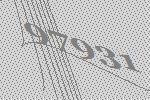
97931